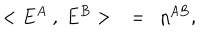
LaTeX: < E ^ { A } ~ , ~ E ^ { B } > ~ ~ = ~ ~ \eta ^ { A B } ,